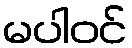
မပါဝင်